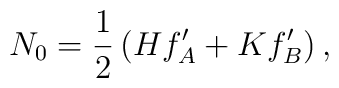
N_0=\frac12\left(Hf_A^{\prime}+Kf_B^{\prime}\right),